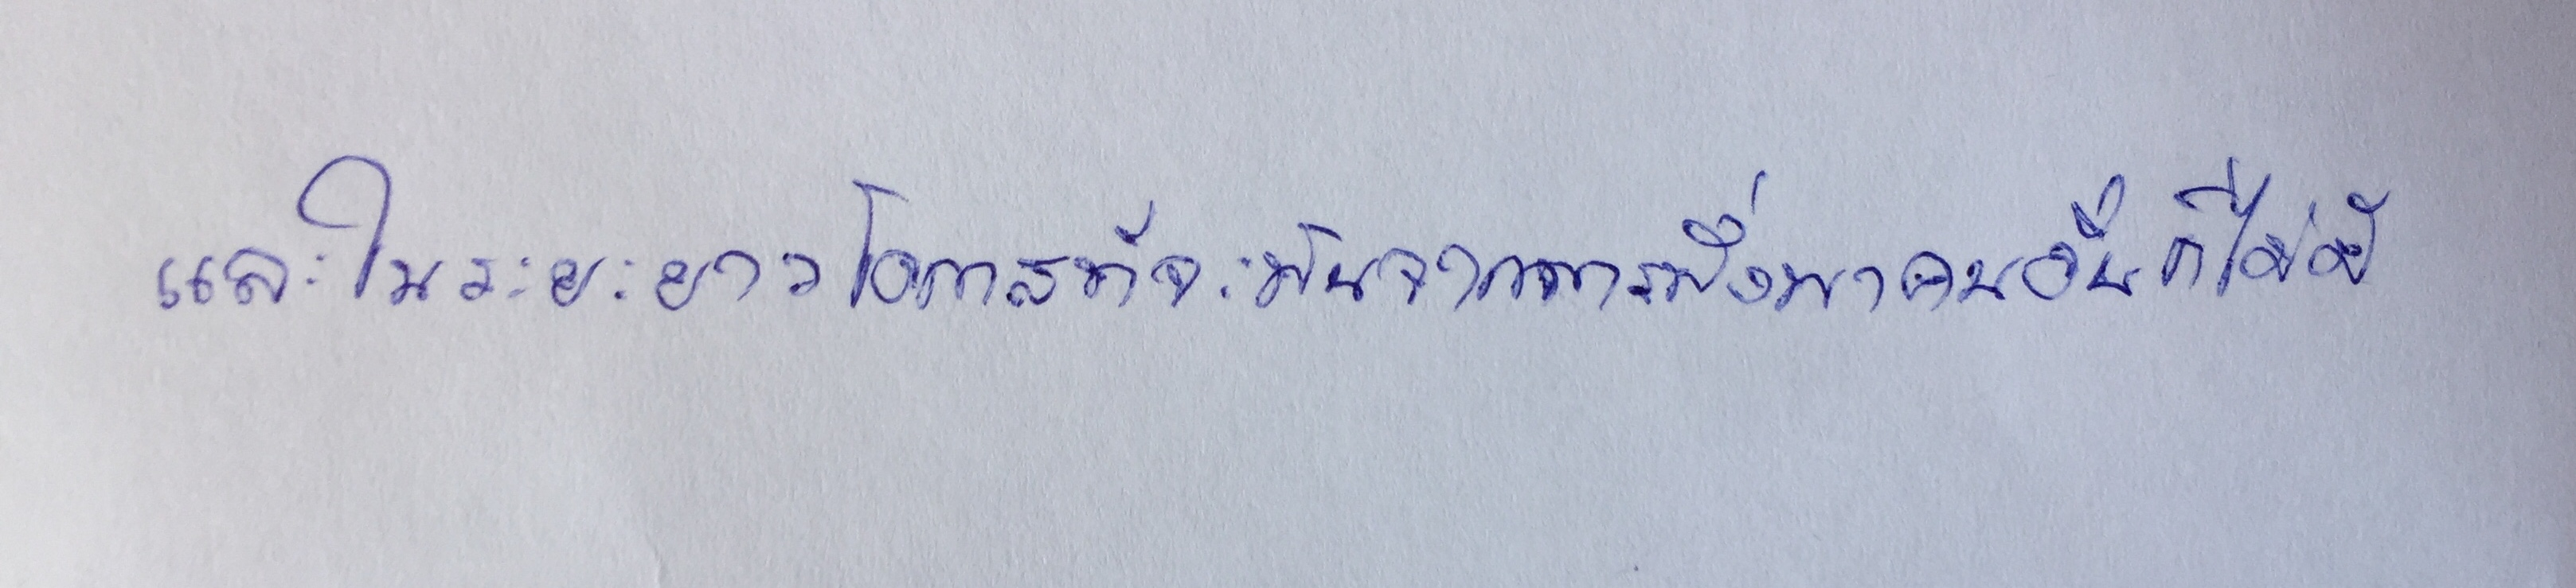
และในระยะยาวโอกาสที่จะพ้นจากการพึ่งพาคนอื่นก็ไม่มี